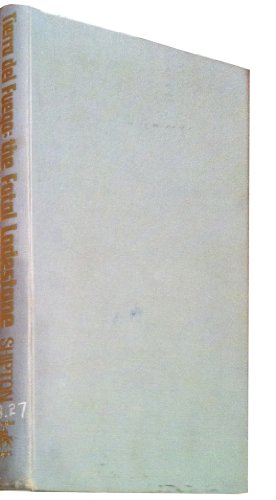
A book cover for Tierra Del Fuego: The Fatal Lodestone (Latin American adventure series); Eric Shipton; Travel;